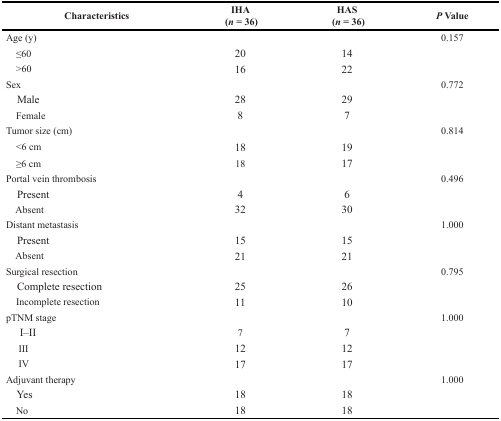
<table><thead><tr><td><b>Characteristics</b></td><td><b>IHA (<i>n</i> = 36)</b></td><td><b>HAS (<i>n</i> = 36)</b></td><td><b><i>P</i> Value</b></td></tr></thead><tbody><tr><td>Age (y)</td><td></td><td></td><td>0.157</td></tr><tr><td> ≤60</td><td>20</td><td>14</td><td></td></tr><tr><td> &gt;60</td><td>16</td><td>22</td><td></td></tr><tr><td>Sex</td><td></td><td></td><td>0.772</td></tr><tr><td> Male</td><td>28</td><td>29</td><td></td></tr><tr><td> Female</td><td>8</td><td>7</td><td></td></tr><tr><td>Tumor size (cm)</td><td></td><td></td><td>0.814</td></tr><tr><td> &lt;6 cm</td><td>18</td><td>19</td><td></td></tr><tr><td> ≥6 cm</td><td>18</td><td>17</td><td></td></tr><tr><td>Portal vein thrombosis</td><td></td><td></td><td>0.496</td></tr><tr><td> Present</td><td>4</td><td>6</td><td></td></tr><tr><td> Absent</td><td>32</td><td>30</td><td></td></tr><tr><td>Distant metastasis</td><td></td><td></td><td>1.000</td></tr><tr><td> Present</td><td>15</td><td>15</td><td></td></tr><tr><td> Absent</td><td>21</td><td>21</td><td></td></tr><tr><td>Surgical resection</td><td></td><td></td><td>0.795</td></tr><tr><td> Complete resection</td><td>25</td><td>26</td><td></td></tr><tr><td> Incomplete resection</td><td>11</td><td>10</td><td></td></tr><tr><td>pTNM stage</td><td></td><td></td><td>1.000</td></tr><tr><td> I–II</td><td>7</td><td>7</td><td></td></tr><tr><td> III</td><td>12</td><td>12</td><td></td></tr><tr><td> IV</td><td>17</td><td>17</td><td></td></tr><tr><td>Adjuvant therapy</td><td></td><td></td><td>1.000</td></tr><tr><td> Yes</td><td>18</td><td>18</td><td></td></tr><tr><td> No</td><td>18</td><td>18</td><td></td></tr></tbody></table>